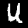
Label: 4